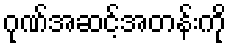
ဂုဏ်အဆင့်အတန်းကို